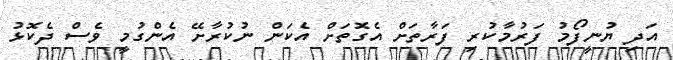
އަދި ޔުނީފޯމު ފަރުމާކުރި ފަރާތަށް އެގޮތަށް އެކަން ނުކުރާށޭ އެންގުމީ ވެސް ދެކޮޅު